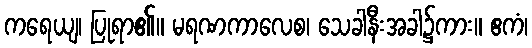
ကရေယျ၊ ပြုရာ၏။ မရဏကာလေစ၊ သေခါနီးအခါ၌ကား။ ဧကံ၊